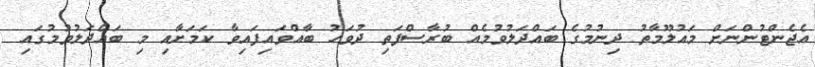
އެޖެންޓުންނަށް މައުލޫމާތު ދިނުމުގެ ބައްދަލުވުމެއް ބުރާސްފަތި ދުވަހު ބާއްވައިފައިވާ ކަމަށާއި މި ބައްދަލުވުމުގައި